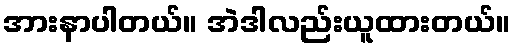
အားနာပါတယ်။ အဲဒါလည်းယူထားတယ်။